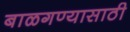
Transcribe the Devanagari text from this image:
बाळगण्यासाठी